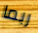
ربما